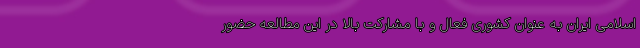
اسلامی ایران به عنوان کشوری فعال و با مشارکت بالا در این مطالعه حضور